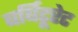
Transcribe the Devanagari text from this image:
बर्बिटूरेट